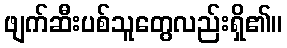
ဖျက်ဆီးပစ်သူတွေလည်းရှိ၏။